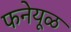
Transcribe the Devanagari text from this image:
फनेयूळ